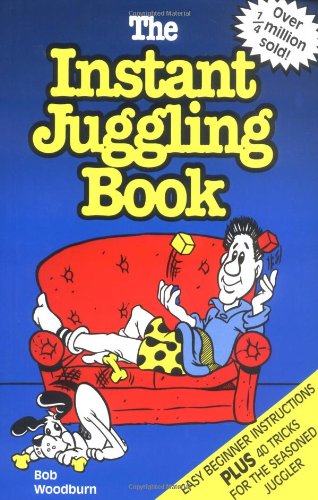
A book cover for The Instant Juggling Book: With New and Improved Juggling Cubes; Bob Woodburn; Sports & Outdoors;